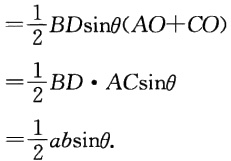
\[

\begin{align*}

&=\frac{1}{2}BD\sin\theta(AO + CO)\\

&=\frac{1}{2}BD\cdot AC\sin\theta\\

&=\frac{1}{2}ab\sin\theta.

\end{align*}

\]